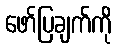
ဖော်ပြချက်ကို